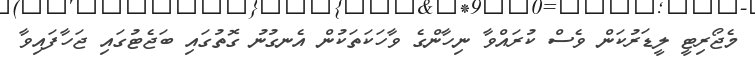
މެޖޯރިޓީ ލީޑަރުކަން ވެސް ކުރައްވާ ނިހާންގެ ވާހަކަތަކުން އެނގުނު ގޮތުގައި ބަޖެޓުގައި ޖަހާފައިވާ